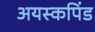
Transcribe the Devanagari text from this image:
अयस्कपिंड